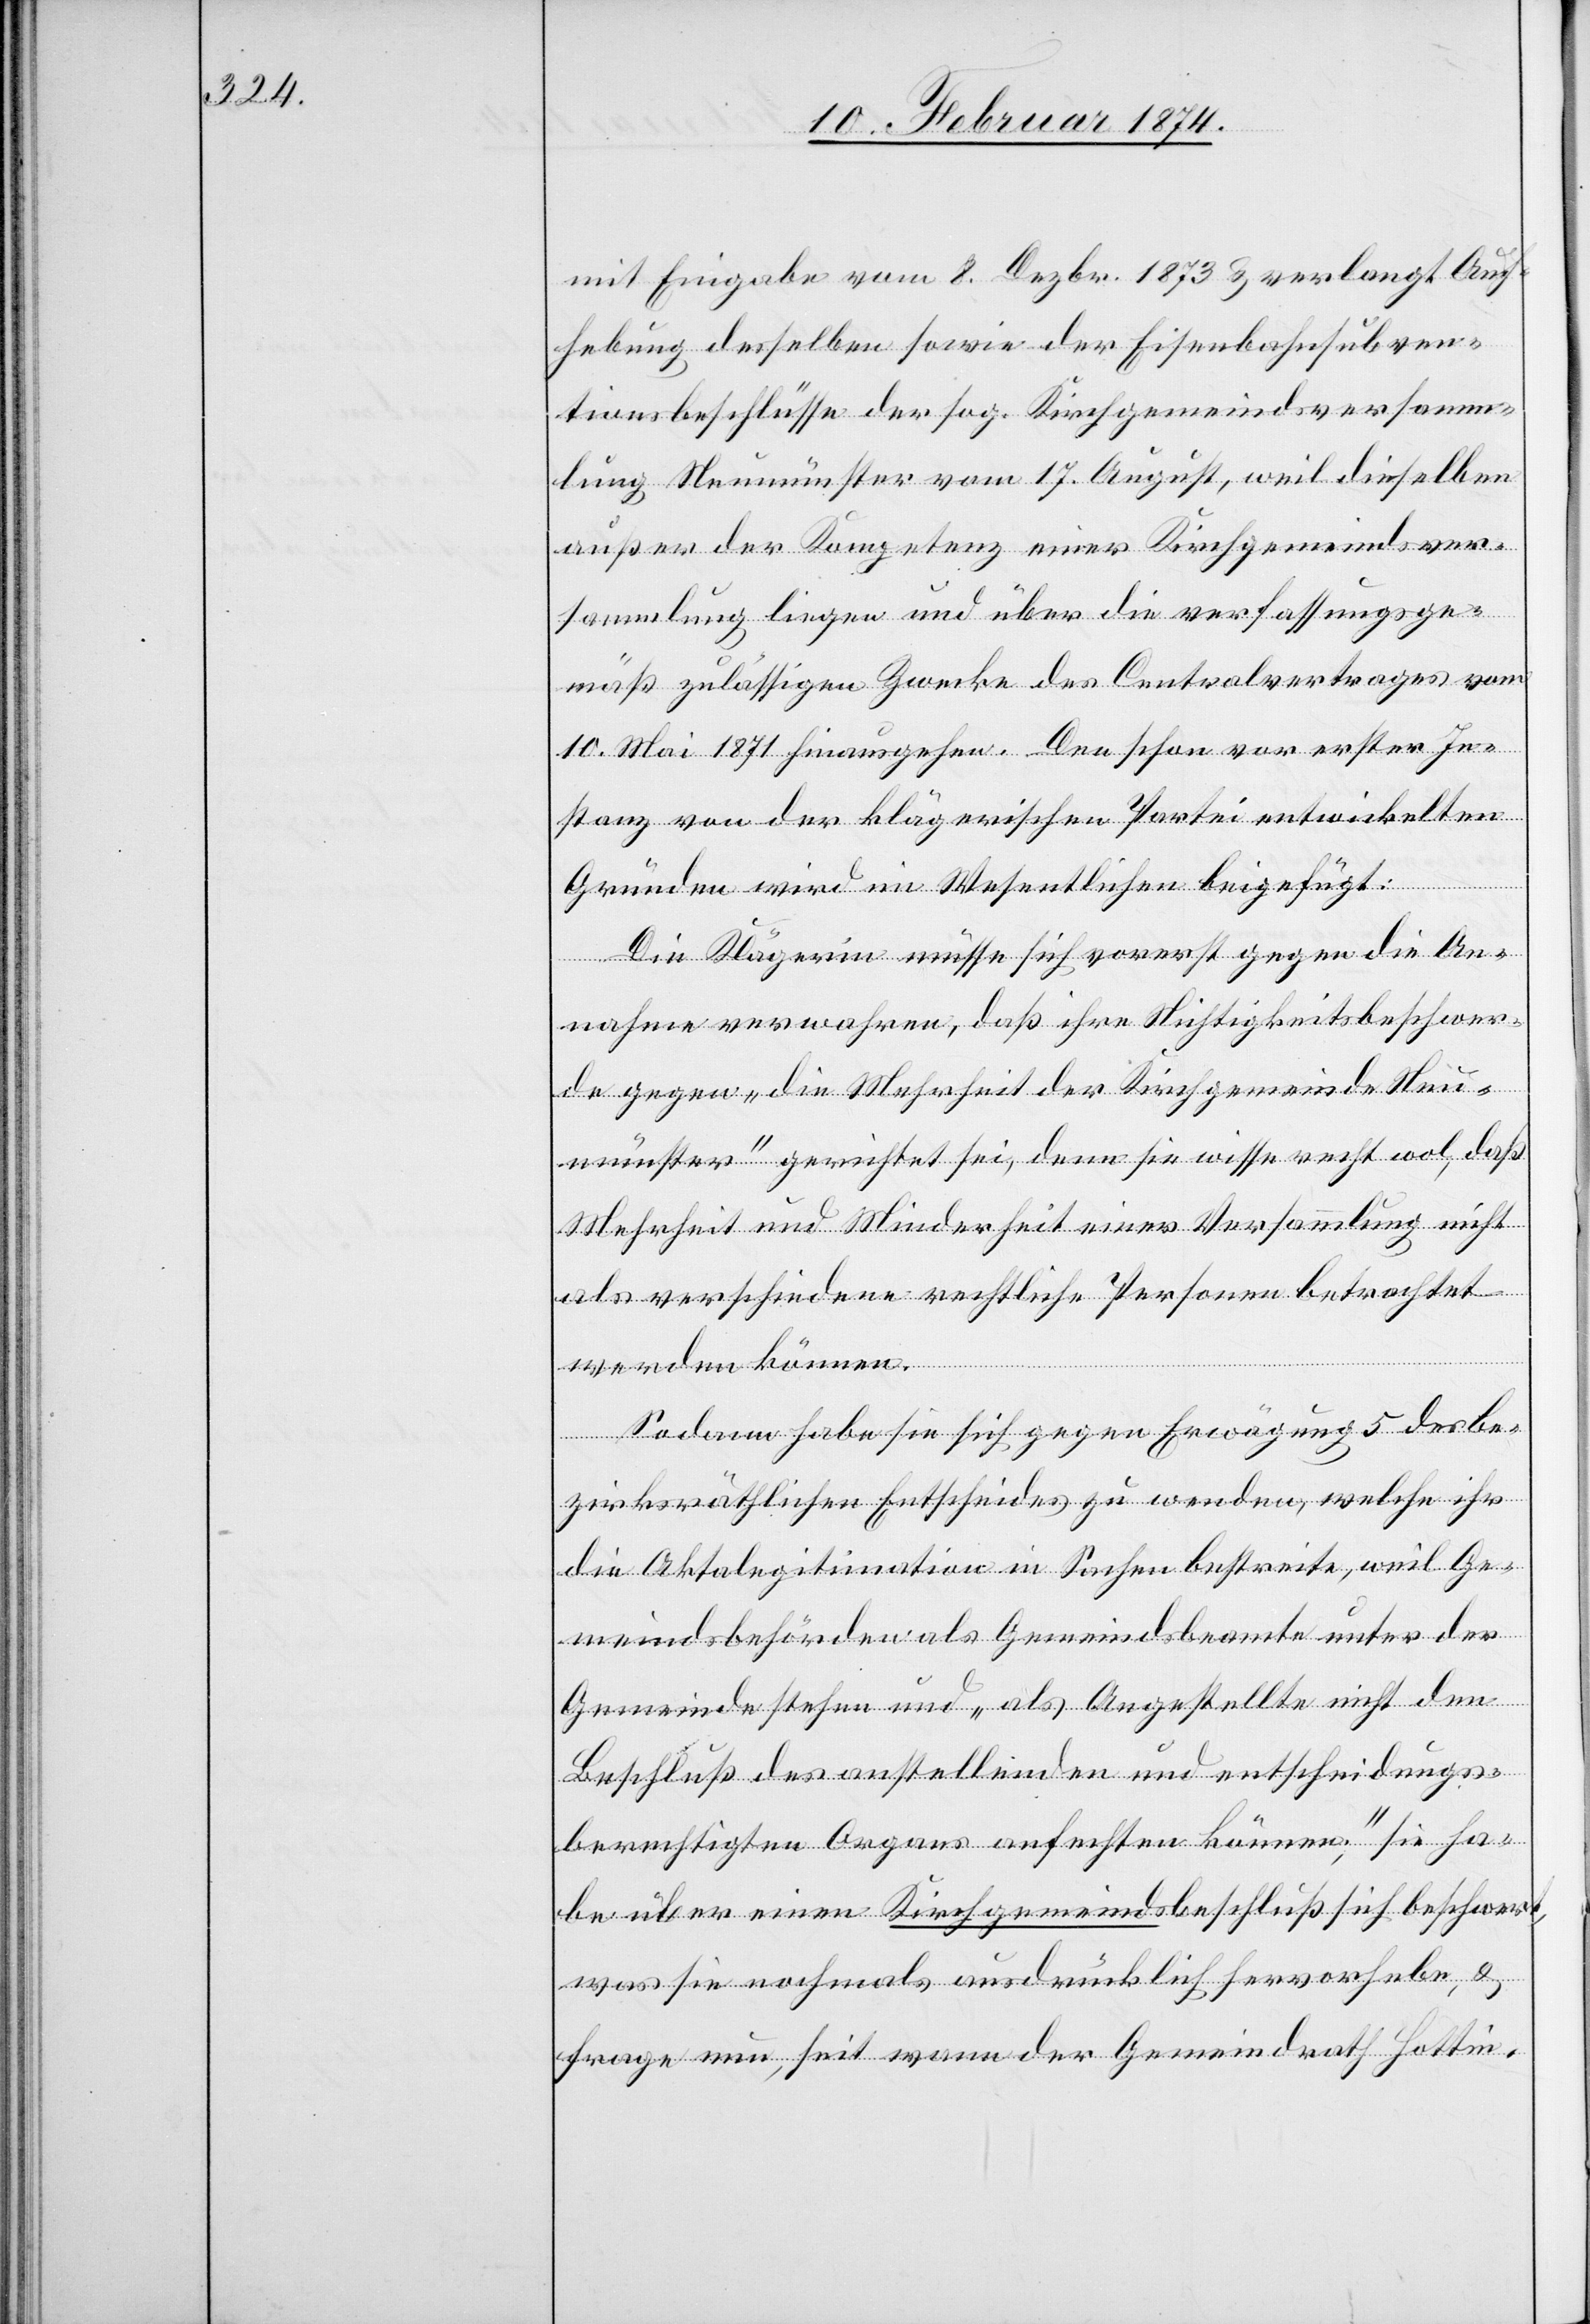
mit Eingabe vom 8. Dezbr. 1873 verlangt Auf¬
hebung desselben sowie der Eisenbahnsubven¬
tionsbeschlüsse der sog. Kirchgemeindsversamm¬
lung Neumünster vom 17. August, weil dieselben
außer der Kompetenz einer Kirchgemeindsver¬
sammlung liegen und über die verfassungsge¬
mäß zulässigen Zwecke des Centralvertrages vom
10. Mai 1871 hinausgehen. Den schon vor erster In¬
stanz von der klägerischen Partei entwickelten
Gründen wird im Wesentlichen beigefügt:
Die Klägerin müsse sich vorerst gegen die An¬
nahme verwahren, daß ihre Nichtigkeitsbeschwer¬
de gegen „die Mehrheit der Kirchgemeinde Neu¬
münster“ gerichtet sei, denn sie wisse recht wol, daß
Mehrheit und Minderheit einer Versammlung nicht
als verschiedene rechtliche Personen betrachtet
werden können.
Sodann habe sie sich gegen Erwägung 5 des be¬
zirksräthlichen Entscheides zu wenden, welche ihr
die Aktalegitimation in Sachen bestreite, weil Ge¬
meindsbehörden als Gemeindsbeamte unter der
Gemeinde stehen und „als Angestellte nicht den
Beschluß des anstellenden und entscheidungs¬
berechtigten Organs anfechten können.“, sie ha¬
be über einen Kirchgemeindsbeschluß sich beschwert,
was sie nochmals ausdrücklich hervorhebe, u.
frage nun, seit wann der Gemeindrath Hottin-